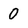
Character: 0